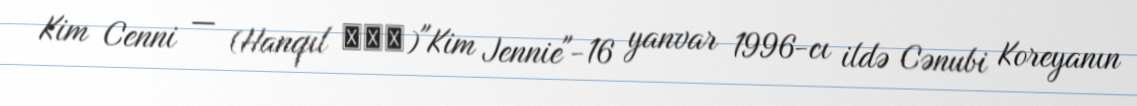
Kim Cenni — (Hanqıl 김제니)"Kim Jennie"-16 yanvar 1996-cı ildə Cənubi Koreyanın